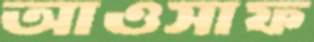
আওসাফ